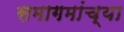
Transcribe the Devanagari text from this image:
समागमांच्या